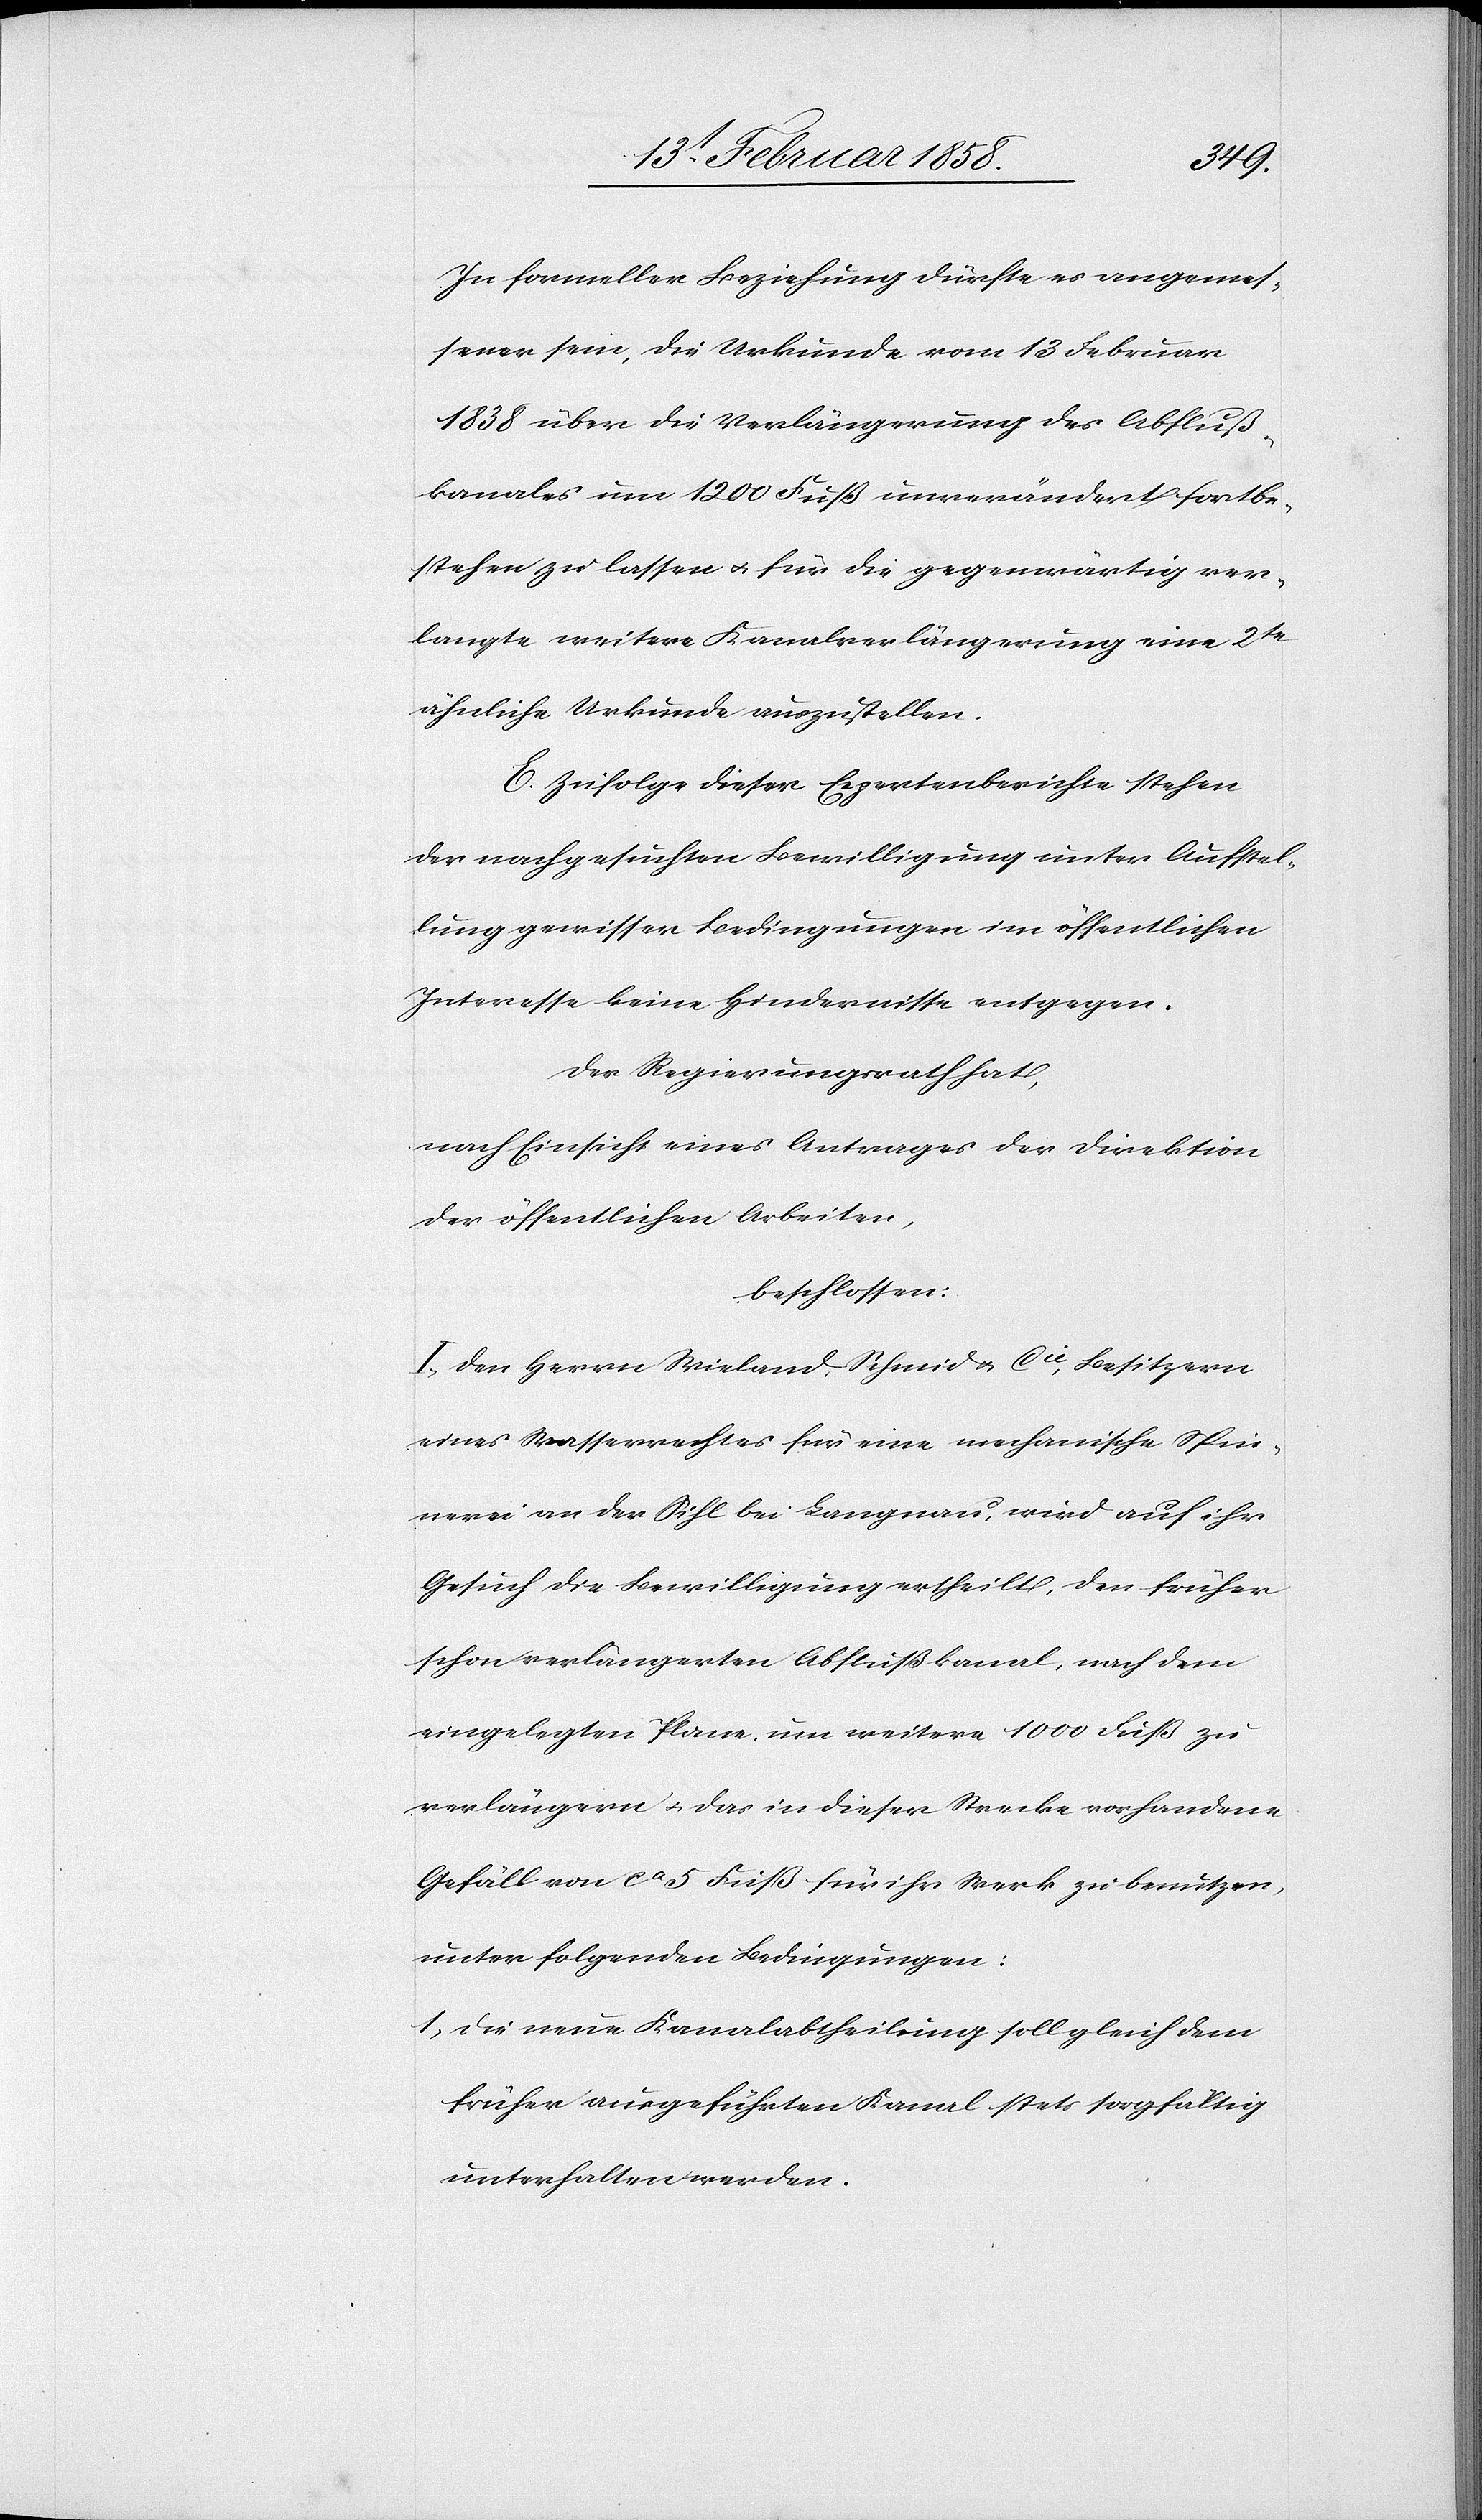
In formeller Beziehung dürfte es angemes¬
sener sein, die Urkunde vom 13 Februar
1838 über die Verlängerung des Abfluß¬
kanales um 1200 Fuß unverändert fortbe¬
stehen zu lassen u. für die gegenwärtig ver¬
langte weitere Kanalverlängerung eine 2te
ähnliche Urkunde auszustellen.
E. Zufolge dieser Expertenberichte stehen
der nachgesuchten Bewilligung unter Aufstel¬
lung gewisser Bedingungen im öffentlichen
Interesse keine Hindernisse entgegen.
Der Regierungsrath hat,
nach Einsicht eines Antrages der Direktion
der öffentlichen Arbeiten,
beschlossen:
I. Den Herrn Wieland, Schmid & Cie, Besitzern
eines Wasserrechts für eine mechanische Spin¬
nerei an der Sihl bei Langnau, wird auf ihr
Gesuch die Bewilligung ertheilt, den früher
schon verlängerten Abflußkanal, nach dem
eingelegten Plane um weitere 1000 Fuß zu
verlängern, u. das in dieser Strecke vorhandene
Gefäll von ca 5 Fuß für ihr Werk zu benutzen,
unter folgenden Bedingungen:
1. Die neue Kanalabtheilung soll gleich dem
früher ausgeführten Kanal stets sorgfältig
unterhalten werden.